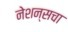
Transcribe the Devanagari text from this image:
नेशन्सचा